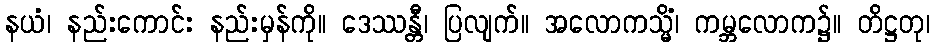
နယံ၊ နည်းကောင်း နည်းမှန်ကို။ ဒေဿန္တီ၊ ပြလျက်။ အလောကသ္မိံ၊ ကမ္ဘလောက၌။ တိဋ္ဌတု၊